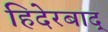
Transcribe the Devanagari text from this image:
हिदेरबाद्